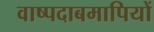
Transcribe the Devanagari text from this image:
वाष्पदाबमापियों